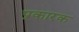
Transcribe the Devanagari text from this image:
प्रकारक